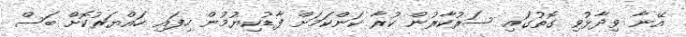
އޭނާ ވިދާޅުވި ގޮތުގައި ސަރުކާރުން ކުރާ ކަންކަމަށް ފާޑުކިޔުމުން ހިފައި ހައްޔަރުކޮށް ބަސް